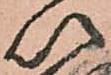
以